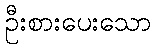
ဦးစားပေးသော